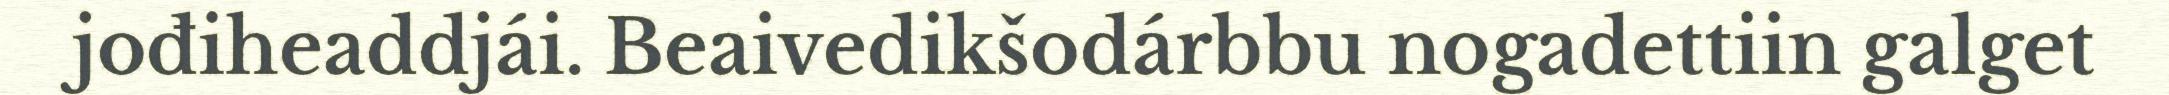
jođiheaddjái. Beaivedikšodárbbu nogadettiin galget